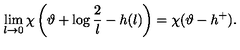
\lim _ { l \rightarrow 0 } \chi \left( \vartheta + \log \frac { 2 } { l } - h ( l ) \right) = \chi ( \vartheta - h ^ { + } ) .